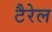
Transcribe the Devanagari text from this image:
टैरेल